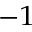
^ { - 1 }